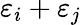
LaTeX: \varepsilon_{i}+\varepsilon_{j}